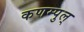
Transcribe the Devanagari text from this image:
कणम्पुल्